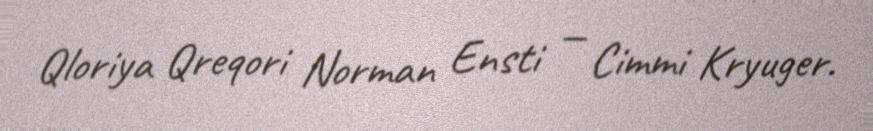
Qloriya Qreqori Norman Ensti — Cimmi Kryuger.